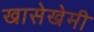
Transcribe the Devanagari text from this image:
खासेखेमी